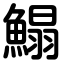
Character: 鰨